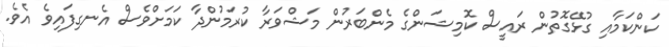
ކަންކަމާއި ގުޅޭގޮތުން ރައީސް ކޮމިޝަންގެ މެންބަރުން މަޝްވަރާ ކުރަމުންދާ ކަމަށްވެސް އެނގިފައިވެ އެވެ.